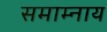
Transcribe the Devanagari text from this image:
समाम्नाय